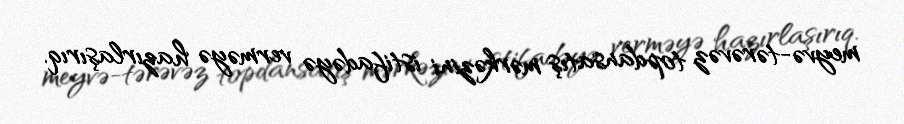
meyvə-tərəvəz topdansatış mərkəzini istifadəyə verməyə hazırlaşırıq.